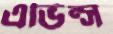
এভিন্স